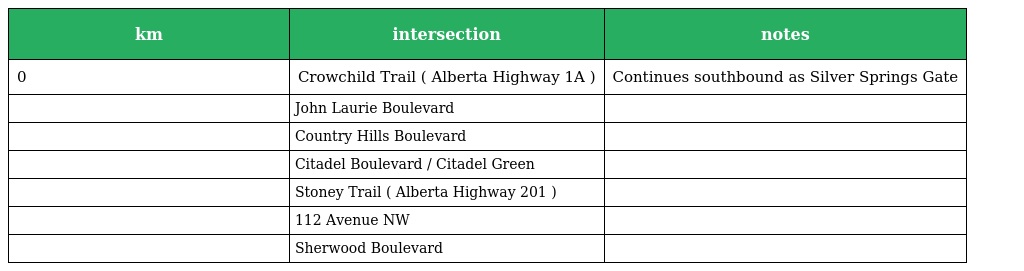
| km | intersection | notes |
 | --- | --- | --- |
 | 0 | Crowchild Trail ( Alberta Highway 1A ) | Continues southbound as Silver Springs Gate |
 |  | John Laurie Boulevard |  |
 |  | Country Hills Boulevard |  |
 |  | Citadel Boulevard / Citadel Green |  |
 |  | Stoney Trail ( Alberta Highway 201 ) |  |
 |  | 112 Avenue NW |  |
 |  | Sherwood Boulevard |  |